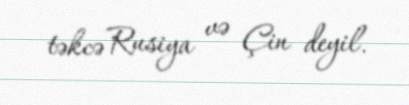
təkcə Rusiya və Çin deyil.